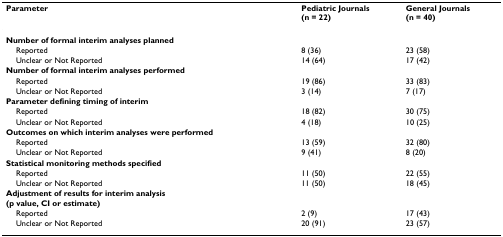
<table><thead><tr><td><b>Parameter</b></td><td><b>Pediatric Journals(n = 22)</b></td><td><b>General Journals(n = 40)</b></td></tr></thead><tbody><tr><td><b>Number of formal interim analyses planned</b></td><td></td><td></td></tr><tr><td> Reported</td><td>8 (36)</td><td>23 (58)</td></tr><tr><td> Unclear or Not Reported</td><td>14 (64)</td><td>17 (42)</td></tr><tr><td><b>Number of formal interim analyses performed</b></td><td></td><td></td></tr><tr><td> Reported</td><td>19 (86)</td><td>33 (83)</td></tr><tr><td> Unclear or Not Reported</td><td>3 (14)</td><td>7 (17)</td></tr><tr><td><b>Parameter defining timing of interim</b></td><td></td><td></td></tr><tr><td> Reported</td><td>18 (82)</td><td>30 (75)</td></tr><tr><td> Unclear or Not Reported</td><td>4 (18)</td><td>10 (25)</td></tr><tr><td><b>Outcomes on which interim analyses were performed</b></td><td></td><td></td></tr><tr><td> Reported</td><td>13 (59)</td><td>32 (80)</td></tr><tr><td> Unclear or Not Reported</td><td>9 (41)</td><td>8 (20)</td></tr><tr><td><b>Statistical monitoring methods specified</b></td><td></td><td></td></tr><tr><td> Reported</td><td>11 (50)</td><td>22 (55)</td></tr><tr><td> Unclear or Not Reported</td><td>11 (50)</td><td>18 (45)</td></tr><tr><td><b>Adjustment of results for interim analysis</b><b>(p value, CI or estimate)</b></td><td></td><td></td></tr><tr><td> Reported</td><td>2 (9)</td><td>17 (43)</td></tr><tr><td> Unclear or Not Reported</td><td>20 (91)</td><td>23 (57)</td></tr></tbody></table>